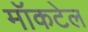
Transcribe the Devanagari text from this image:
मॉकटेल